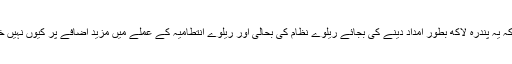
سوال یہ ہے کہ یہ پندرہ لاکھ بطور امداد دینے کی بجائے ریلوے نظام کی بحالی اور ریلوے انتطامیہ کے عملے میں مزید اضافے پر کیوں نہیں خرچ کیا جاتا؟